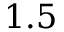
1 . 5